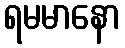
ရမမာနော